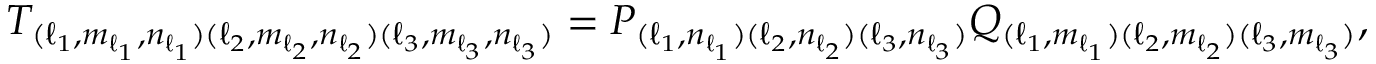
T _ { ( \ell _ { 1 } , m _ { \ell _ { 1 } } , n _ { \ell _ { 1 } } ) ( \ell _ { 2 } , m _ { \ell _ { 2 } } , n _ { \ell _ { 2 } } ) ( \ell _ { 3 } , m _ { \ell _ { 3 } } , n _ { \ell _ { 3 } } ) } = P _ { ( \ell _ { 1 } , n _ { \ell _ { 1 } } ) ( \ell _ { 2 } , n _ { \ell _ { 2 } } ) ( \ell _ { 3 } , n _ { \ell _ { 3 } } ) } Q _ { ( \ell _ { 1 } , m _ { \ell _ { 1 } } ) ( \ell _ { 2 } , m _ { \ell _ { 2 } } ) ( \ell _ { 3 } , m _ { \ell _ { 3 } } ) } ,